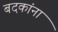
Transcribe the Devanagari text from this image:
बदकांना